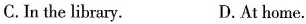
C. In the library. D. At home.